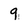
Character: 9